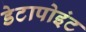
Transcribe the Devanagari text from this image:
डेटापोइंट